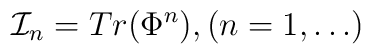
{\cal I}_n = Tr(\Phi^n),   (n = 1,\ldots)